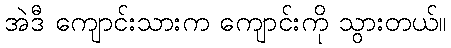
အဲဒီ ကျောင်းသားက ကျောင်းကို သွားတယ်။